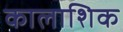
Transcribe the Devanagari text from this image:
कालाशिक